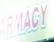
rmacy